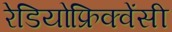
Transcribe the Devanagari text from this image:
रेडियोफ्रिक्वेंसी